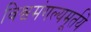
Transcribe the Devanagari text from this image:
विश्वमंगल्यमूर्तये